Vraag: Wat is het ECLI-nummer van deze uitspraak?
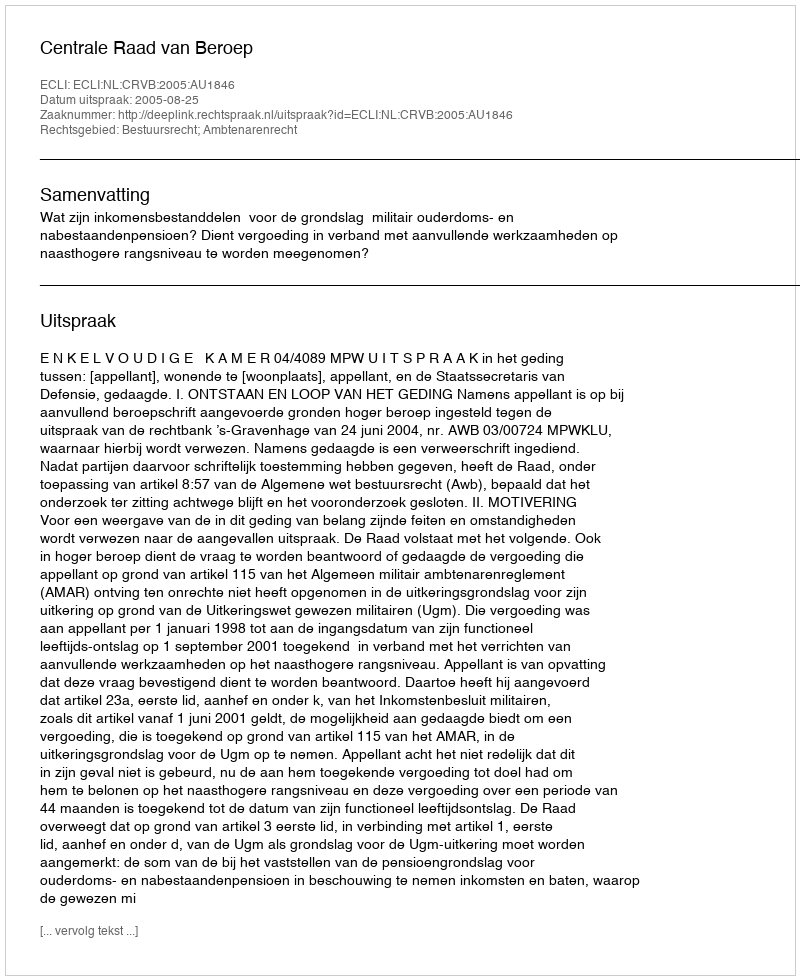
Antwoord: ECLI:NL:CRVB:2005:AU1846